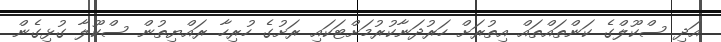
އަދި ސްކޫލްގެ ކަންތައްތައް އިތުރަށް ހަރުދަނާކުރުމަށްޓަކައި ރަށުގެ ހުރިހާ ރައްޔިތުން ސްކޫލާ ގުޅިގެން